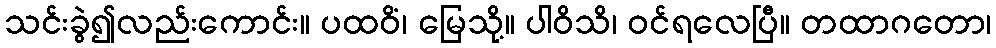
သင်းခွဲ၍လည်းကောင်း။ ပထဝိံ၊ မြေသို့။ ပါဝိသိ၊ ဝင်ရလေပြီ။ တထာဂတော၊